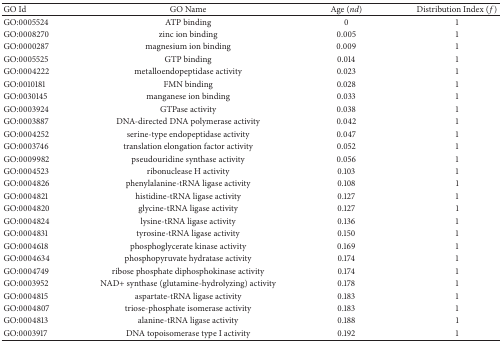
<table><thead><tr><td><b>GO Id</b></td><td><b>GO Name</b></td><td><b>Age (<i>nd</i>)</b></td><td><b>Distribution Index (<i>f</i>)</b></td></tr></thead><tbody><tr><td>GO:0005524</td><td>ATP binding</td><td> 0</td><td>1</td></tr><tr><td>GO:0008270</td><td>zinc ion binding</td><td>0.005</td><td>1</td></tr><tr><td>GO:0000287</td><td>magnesium ion binding</td><td>0.009</td><td>1</td></tr><tr><td>GO:0005525</td><td>GTP binding</td><td>0.014</td><td>1</td></tr><tr><td>GO:0004222</td><td>metalloendopeptidase activity</td><td>0.023</td><td>1</td></tr><tr><td>GO:0010181</td><td>FMN binding</td><td>0.028</td><td>1</td></tr><tr><td>GO:0030145</td><td>manganese ion binding</td><td>0.033</td><td>1</td></tr><tr><td>GO:0003924</td><td>GTPase activity</td><td>0.038</td><td>1</td></tr><tr><td>GO:0003887</td><td>DNA-directed DNA polymerase activity</td><td>0.042</td><td>1</td></tr><tr><td>GO:0004252</td><td>serine-type endopeptidase activity</td><td>0.047</td><td>1</td></tr><tr><td>GO:0003746</td><td>translation elongation factor activity</td><td>0.052</td><td>1</td></tr><tr><td>GO:0009982</td><td>pseudouridine synthase activity</td><td>0.056</td><td>1</td></tr><tr><td>GO:0004523</td><td>ribonuclease H activity</td><td>0.103</td><td>1</td></tr><tr><td>GO:0004826</td><td>phenylalanine-tRNA ligase activity</td><td>0.108</td><td>1</td></tr><tr><td>GO:0004821</td><td>histidine-tRNA ligase activity</td><td>0.127</td><td>1</td></tr><tr><td>GO:0004820</td><td>glycine-tRNA ligase activity</td><td>0.127</td><td>1</td></tr><tr><td>GO:0004824</td><td>lysine-tRNA ligase activity</td><td>0.136</td><td>1</td></tr><tr><td>GO:0004831</td><td>tyrosine-tRNA ligase activity</td><td>0.150</td><td>1</td></tr><tr><td>GO:0004618</td><td>phosphoglycerate kinase activity</td><td>0.169</td><td>1</td></tr><tr><td>GO:0004634</td><td>phosphopyruvate hydratase activity</td><td>0.174</td><td>1</td></tr><tr><td>GO:0004749</td><td>ribose phosphate diphosphokinase activity</td><td>0.174</td><td>1</td></tr><tr><td>GO:0003952</td><td>NAD+ synthase (glutamine-hydrolyzing) activity</td><td>0.178</td><td>1</td></tr><tr><td>GO:0004815</td><td>aspartate-tRNA ligase activity</td><td>0.183</td><td>1</td></tr><tr><td>GO:0004807</td><td>triose-phosphate isomerase activity</td><td>0.183</td><td>1</td></tr><tr><td>GO:0004813</td><td>alanine-tRNA ligase activity</td><td>0.188</td><td>1</td></tr><tr><td>GO:0003917</td><td>DNA topoisomerase type I activity</td><td>0.192</td><td>1</td></tr></tbody></table>